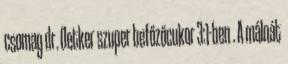
csomag dr. Oetker szuper befőzőcukor 3:1-ben . A málnát